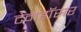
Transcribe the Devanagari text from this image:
टेनहॉसर